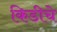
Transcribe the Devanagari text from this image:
किडीचे